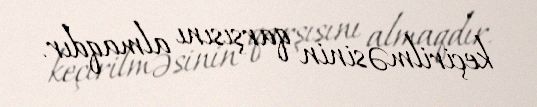
keçirilməsinin qarşısını almaqdır.